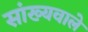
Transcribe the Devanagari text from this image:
सांख्यवाले